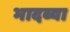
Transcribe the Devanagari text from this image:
भादव्या